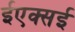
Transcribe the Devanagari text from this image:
ईएक्सई